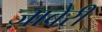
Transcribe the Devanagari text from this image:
ज़ावेरी